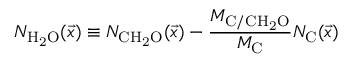
N _ { \mathrm { H _ { 2 } O } } ( \vec { x } ) \equiv N _ { \mathrm { C H _ { 2 } O } } ( \vec { x } ) - \frac { M _ { \mathrm { C / C H _ { 2 } O } } } { M _ { \mathrm { C } } } N _ { \mathrm { C } } ( \vec { x } )